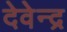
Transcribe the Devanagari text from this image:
देवेेन्द्र